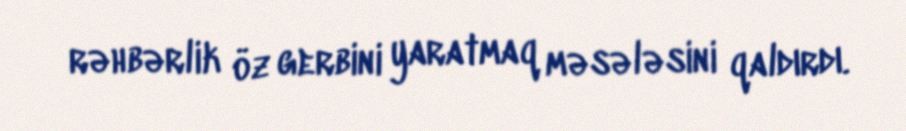
rəhbərlik öz gerbini yaratmaq məsələsini qaldırdı.